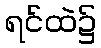
ရင်ထဲ၌